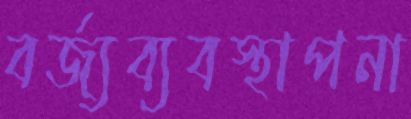
বর্জ্যব্যবস্থাপনা